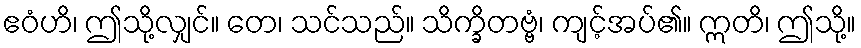
ဧဝံဟိ၊ ဤသို့လျှင်။ တေ၊ သင်သည်။ သိက္ခိတဗ္ဗံ၊ ကျင့်အပ်၏။ ဣတိ၊ ဤသို့။